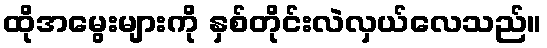
ထိုအမွေးများကို နှစ်တိုင်းလဲလှယ်လေသည်။